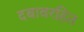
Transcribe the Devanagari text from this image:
दबावरहित